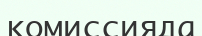
комиссияда